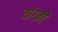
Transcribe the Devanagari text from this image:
यांग्ज़ी